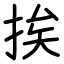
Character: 挨